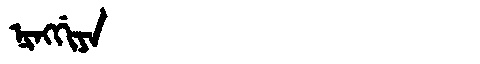
Manchu: ᠨᡳᠩᡤᡳᠶᠠ
Romanization: NINGGIYA